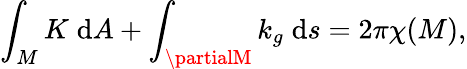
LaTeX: \int_{M}K\; \mathrm{d}A+\int_{\partialM}k_{g}\; \mathrm{d}s=2\pi\chi(M),